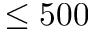
\leq 5 0 0